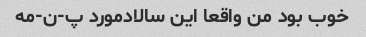
خوب بود من واقعا این سالاد‌مورد پ-ن-مه